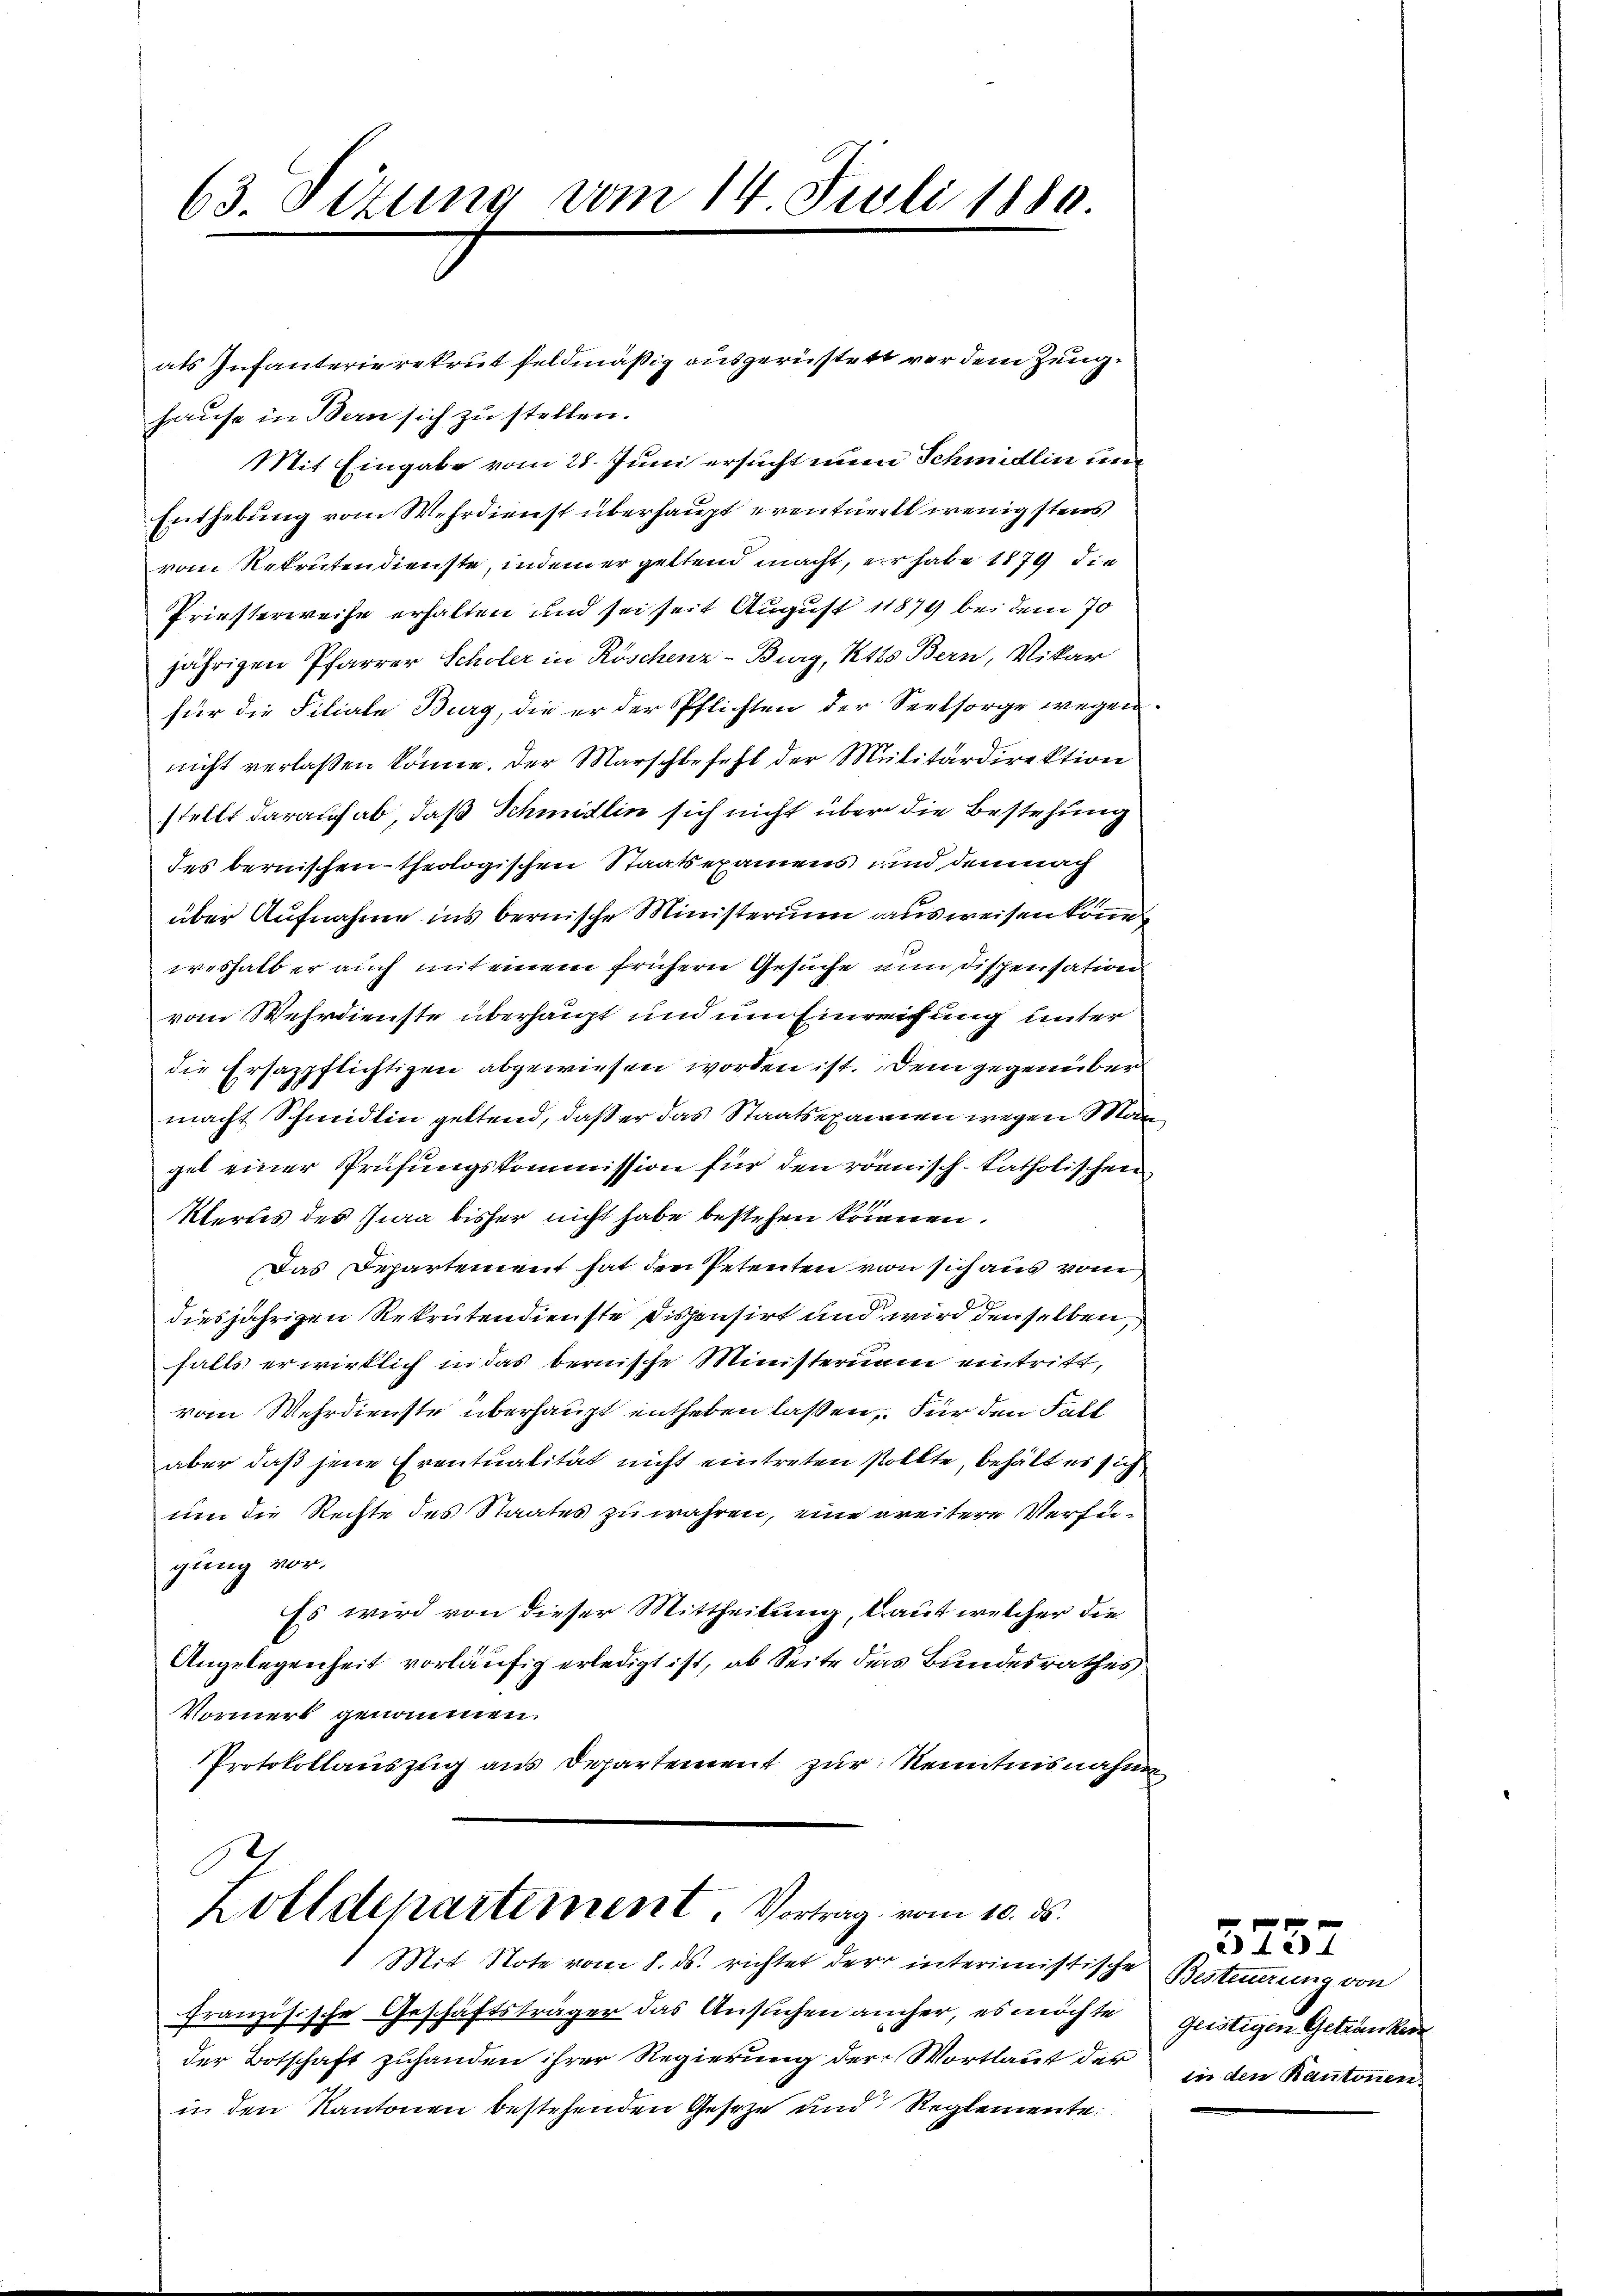
63. Sizung vom 14. Juli 1880

als Infanterierekrut feldmäßig ausgerüstett vor dem Zeughause in Bern sich zu stellen.
Mit Eingabe vom 28. Juni ersucht eine Schmidlin und
Enthebung vom Wehrdienst überhaupt eventurell wenigstens
vom Rekrutendienste, indem er geltend macht, er habe 1879 die
Priesterweise erhalten und sei seit August 11879 bei dem 70
jährigen Pfarrer Scholer in Roschenz-Burg, Ktts Bern, Vikar
für die Filiale Burg, die er der Pflichten der Seelsorge wegen
nicht verlaßen könne. Der Marschbefehl der Militärdirektion
stellt darauf ab, daß Schmidlin sich nicht über die Bestehung
des bernischen theologischen Staatsexamens und demnach
über Aufnahme ins bernische Ministerium ausweisen kön
weshalb er auch mit einem frühern Gesuche num Dispensation
vom Wehrdienste überhaupt und um Einreifung unter
die Ersazpflichtigen abgewiesen worden ist. Dem gegenüber
macht Schmidlin geltend, daß er das Staatsexamen wegen Man
gel einer Prüfungskommission für den rönnisch-katholischen
1110
Kertes des Jura bisher nicht habe bestehen trinnen.
Das Departement hat den Petenten von sich aus vom
diesjährigen Rekrutendienste dispensirt und wird denselben,
falls erwirklich in das bernische Ministernam eintritt,
vom Wehrdienste überhaupt entheben laßen, Für den Fall
aber daß jene Frentualität nicht eintreten sollte, behält es sich
um die Rechte des Staates zu währen, eine weitere Verfügung vor.
Es wird von dieser Mittheilung, laut welcher die
Angelegenheit vorläufig erledigt ist, ab Seite das Bundesrathes
Vormerk genommen.
Protokollauszug aus Departement zur Kenntnisnahme

Zolldepartement. Vortrag vom 10. ds.

Mit Note vom 8. ds. richtet der interimistische Besteuerung von
französische Geschäftsträger das Ansuchen aucher, es möchte
der Botschaft zuhanden ihrer Regierung der Wortlaut der in den Kantonen.
in den Kantonen bestehenden Geseze und Reglemente

3237
Geistigen Getränken